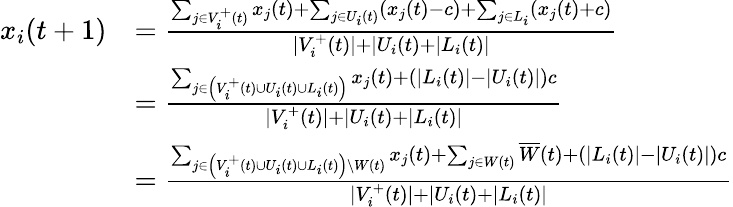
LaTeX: \begin{array}{rl}{x_{i}(t+1)}&{=\frac{\sum_{j\in V_{i}^{+}(t)}x_{j}(t)+\sum_{j\in U_{i}(t)}(x_{j}(t)-c)+\sum_{j\in L_{i}}(x_{j}(t)+c)}{|V_{i}^{+}(t)|+|U_{i}(t)+|L_{i}(t)|}}\\ &{=\frac{\sum_{j\in\left(V_{i}^{+}(t)\cup U_{i}(t)\cup L_{i}(t)\right)}x_{j}(t)+\left(|L_{i}(t)|-|U_{i}(t)|\right)c}{|V_{i}^{+}(t)|+|U_{i}(t)+|L_{i}(t)|}}\\ &{=\frac{\sum_{j\in\left(V_{i}^{+}(t)\cup U_{i}(t)\cup L_{i}(t)\right)\setminus W(t)}x_{j}(t)+\sum_{j\in W(t)}\overline{{W}}(t)+\left(|L_{i}(t)|-|U_{i}(t)|\right)c}{|V_{i}^{+}(t)|+|U_{i}(t)+|L_{i}(t)|}}\end{array}